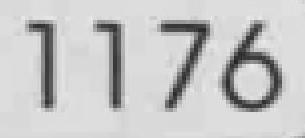
1176